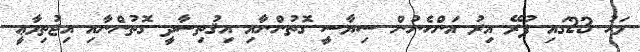
މަހު 23ގައި ފުރޭ އިރު އަންހެނުން ސިޔާސީ ގޮތުންނާއި އިޤުތިސާދީ ގޮތުންނާއި އިޖުތިމާޢީ